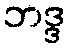
ဘဒ္ဒ